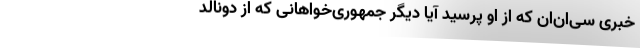
خبری سی‌ان‌ان که از او پرسید آیا دیگر جمهوری‌خواهانی که از دونالد